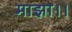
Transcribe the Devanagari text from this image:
माझा।।